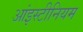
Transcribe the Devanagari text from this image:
आंइस्टीनियम